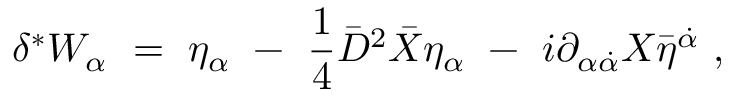
\delta ^ { * } W _ { \alpha } \ = \ \eta _ { \alpha } \ - \ { \frac { 1 } { 4 } } \bar { D } ^ { 2 } \bar { X } \eta _ { \alpha } \ - \ i \partial _ { \alpha \dot { \alpha } } X \bar { \eta } ^ { \dot { \alpha } } \ ,